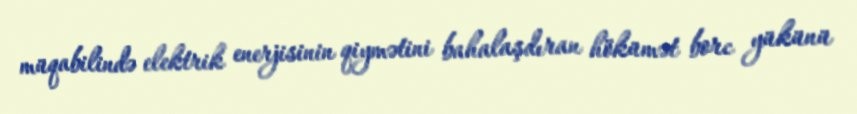
müqabilində elektrik enerjisinin qiymətini bahalaşdıran hökümət borc yükünü